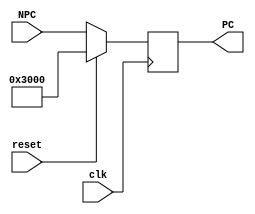
`timescale 1ns / 1ps
//////////////////////////////////////////////////////////////////////////////////
// Company: 
// Engineer: 
// 
// Design Name: 
// Module Name:    PC 
// Project Name: 
// Target Devices: 
// Tool versions: 
// Description: 
//
// Dependencies: 
//
// Revision: 
// Revision 0.01 - File Created
// Additional Comments: 
//
//////////////////////////////////////////////////////////////////////////////////
module PC(
    input clk,
    input reset,
    input [31:0] NPC,
    output [31:0] PC
    );
    reg [31:0] pc;
    
    assign PC = pc;
    
    always @(posedge clk) begin
        if(reset) begin
            pc <= 32'h0000_3000;
        end
        else begin
            pc <= NPC;
        end
    end

endmodule